Lunatic asylums Madras 1877-1891 - 1877-1891
Year: 1877
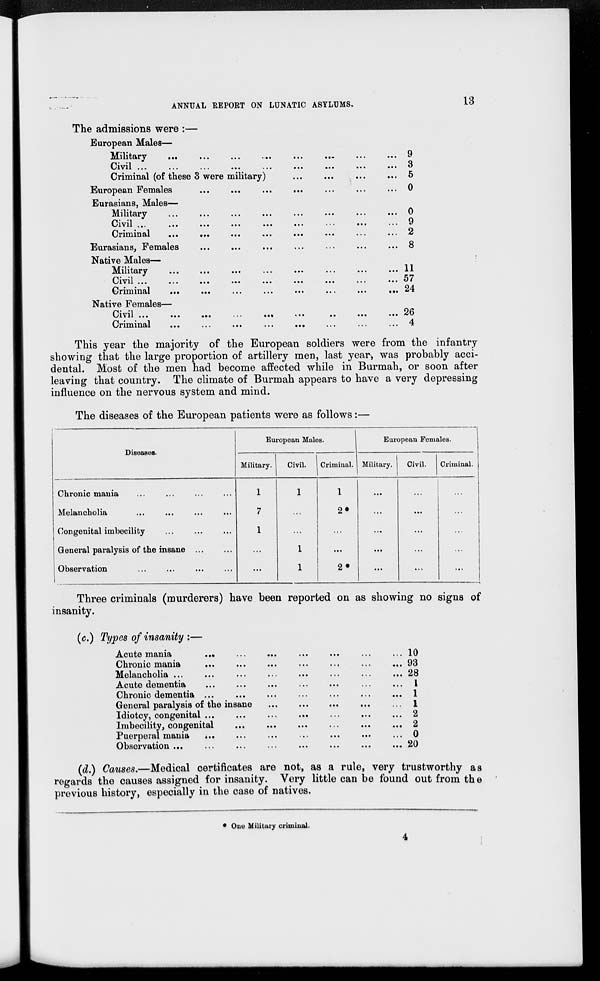
13
ANNUAL REPORT ON LUNATIC ASYLUMS.
The admissions were :—
European Males—
Military ... ... ... ... ... ... ... ...
Civil ... ... ... ... ... ... ... ... ...
Criminal (of these 3 were military) ... ... ... ...
European Females ... ... ... ... ... ... ...
Eurasians, Males—
Military ... ... ... ... ... ... ... ...
Civil ... ... ... ... ... ... ... ... ...
Criminal ... ... ... ... ... ... ... ...
Eurasians, Females ... ... ... ... ... ... ...
Native Males—
Military ... ... ... ... ... ... ... ...
Civil ... ... ... ... ... ... ... ... ...
Criminal ... ... ... ... ... ... ... ...
Native Females—
Civil ... ... ... ... ... ... ... ... ...
Criminal ... ... ... ... ... ... ...
9
3
5
0
0
9
2
8
11
57
24
26
4
This year the majority of the European soldiers were from the infantry
showing that the large proportion of artillery men, last year, was probably acci-
dental. Most of the men had become affected while in Burmah, or soon after
leaving that country. The climate of Burmah appears to have a very depressing
influence on the nervous system and mind.
The diseases of the European patients were as follows:—
Diseases.
Chronic mania ... ... ... ...
Melancholia ... ... ... ...
Congenital imbecility ... ... ...
General paralysis of the insane ... ...
Observation ... ... ... ...
European Males.
Military.
1
7
1
...
...
Civil.
1
...
...
1
1
Criminal.
1
2*
...
...
2*
European Females.
Military.
...
...
...
...
...
Civil.
...
...
...
...
...
Criminal.
...
...
...
...
...
Three criminals (murderers) have been reported on as showing no signs of
insanity.
(c.) Types of insanity :—
Acute mania ... ... ... ... ... ... ...
Chronic mania ... ... ... ... ... ... ...
Melancholia ... ... ... ... ... ... ... ...
Acute dementia ... ... ... ... ... ... ...
Chronic dementia ... ... ... ... ... ... ...
General paralysis of the insane ... ... ... ... ...
Idiotcy, congenital ... ... ... ... ... ... ...
Imbecility, congenital ... ... ... ... ... ...
Puerperal mania ... ... ... ... ... ... ...
Observation ... ... ... ... ... ... ... ...
10
93
28
1
1
1
2
2
0
20
(d.) Causes.—Medical certificates are not, as a rule, very trustworthy as
regards the causes assigned for insanity. Very little can be found out from the
previous history, especially in the case of natives.
* One Military criminal.
4